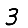
Digit: 3